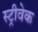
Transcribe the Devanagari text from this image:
स्ट्रीवेक